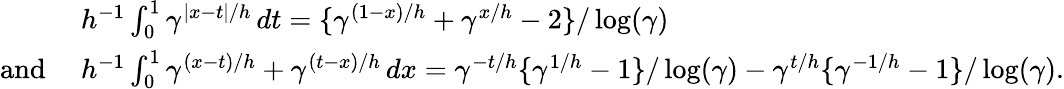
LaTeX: \begin{array}{rl}&{h^{-1}\int_{0}^{1}\gamma^{|x-t|/h}\, dt=\{ \gamma^{(1-x)/h}+\gamma^{x/h}-2\} /\log(\gamma)}\\ {\mathrm{and~}}&{h^{-1}\int_{0}^{1}\gamma^{(x-t)/h}+\gamma^{(t-x)/h}\, dx=\gamma^{-t/h}\{ \gamma^{1/h}-1\} /\log(\gamma)-\gamma^{t/h}\{ \gamma^{-1/h}-1\} /\log(\gamma).}\end{array}